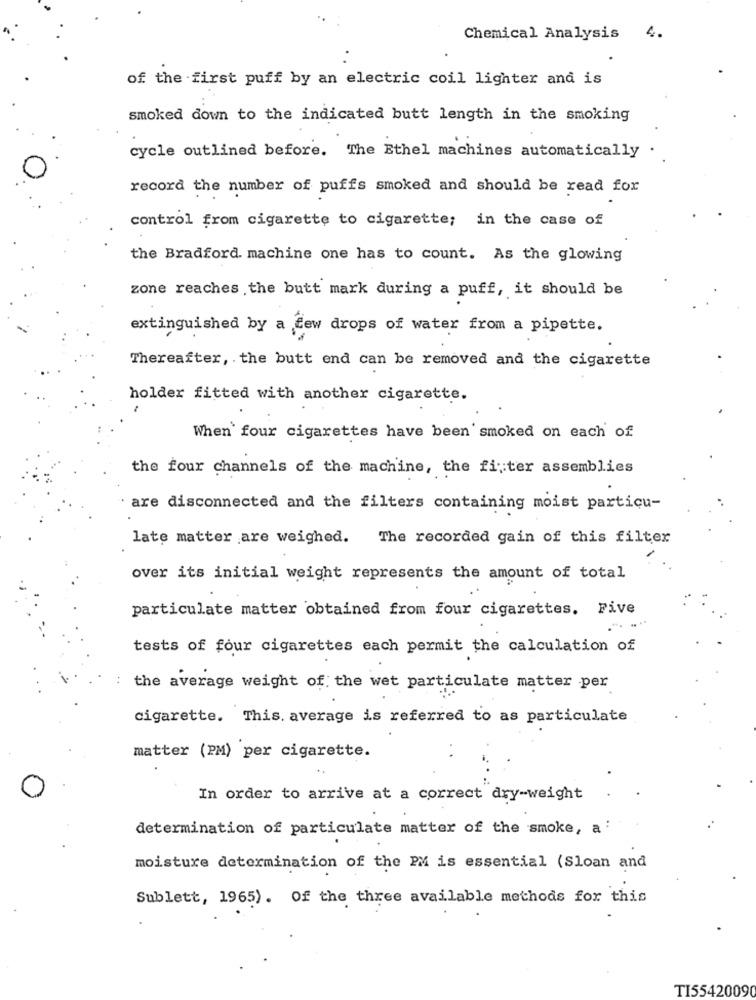
4.
Chemical Analysis
of the first puff by an electric coil lighter and is
smoked down to the indicated butt length in the smoking
cycle outlined before. The Ethel machines automatically
record the number of puffs smoked and should be read for
control from cigarette to cigarette; in the case of
the Bradford. machine one has to count. As the glowing
zone reaches the butt mark during a puff, it should be
extinguished by a few drops of water from a pipette.
Thereafter, . the butt end can be removed and the cigarette
holder fitted with another cigarette.
When four cigarettes have been smoked on each of
the four channels of the machine, the fiter assemblies
are disconnected and the filters containing moist particu-
late matter are weighed.
The recorded gain of this filter
over its initial weight represents the amount of total
particulate matter obtained from four cigarettes. Five
tests of four cigarettes each permit the calculation of
the average weight of the wet particulate matter per
cigarette. This. average is referred to as particulate
matter (PM) per cigarette.
In order to arrive at a correct dry-weight
determination of particulate matter of the smoke, a :
moisture determination of the PM is essential (Sloan and
Sublett, 1965). Of the three available methods for this
TI55420090